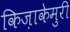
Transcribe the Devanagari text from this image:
किज़ाकेमुरी